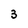
Character: 3